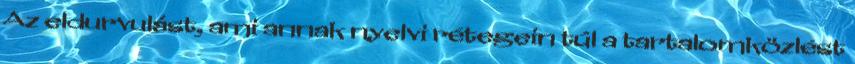
Az eldurvulást, ami annak nyelvi rétegein túl a tartalomközlést